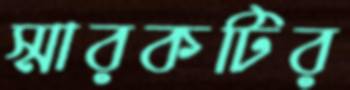
স্মারকটির